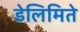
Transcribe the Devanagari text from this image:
डेलिमिते